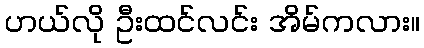
ဟယ်လို ဦးထင်လင်း အိမ်ကလား။